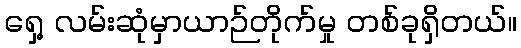
ရှေ့ လမ်းဆုံမှာယာဉ်တိုက်မှု တစ်ခုရှိတယ်။